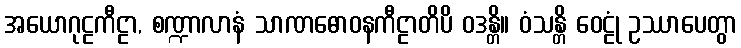
အယောဂုဠကီဠာ, စဏ္ဍာလာနံ သာဏဓောဝနကီဠာတိပိ ဝဒန္တိ။ ဝံသန္တိ ဝေဠုံ ဥဿာပေတွာ